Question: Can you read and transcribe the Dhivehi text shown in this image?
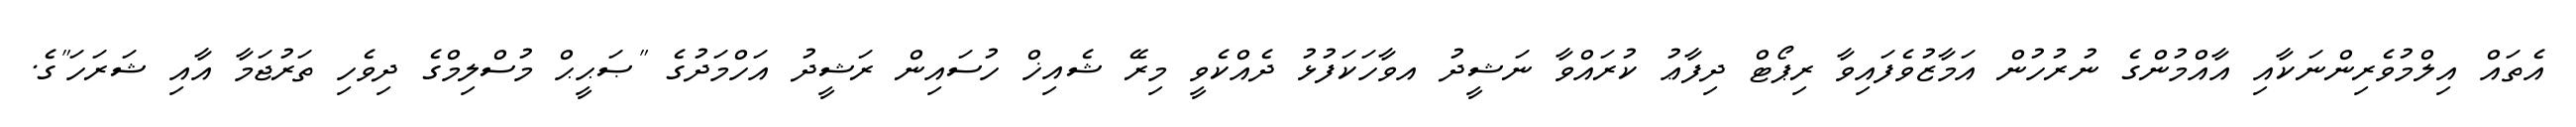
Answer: އެތައް އިލްމުވެރިންނަކާއި އާއްމުންގެ ނުރުހުން އަމާޒުވެފައިވާ ރިޕޯޓް ދިފާޢު ކުރައްވާ ނަޝީދު އވާހަކަފުޅު ދެއްކެވީ މިރޭ ޝެއިޚް ހުސައިން ރަޝީދު އަހްމަދުގެ "ޞަޙީޙް މުސްލިމްގެ ދިވެހި ތަރުޖަމާ އާއި ޝަރަހަ"ގެ.